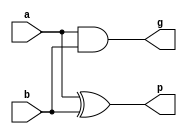
// Full adder circuit developed in question 1.
// It returns the Generate and Propagate values for the 2 bits

module Full_adder_gp(output g, p, input a, b);

    and(g, a, b);
    xor(p, a, b);
    
endmodule